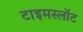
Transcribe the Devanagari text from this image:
टाइमस्लॉट